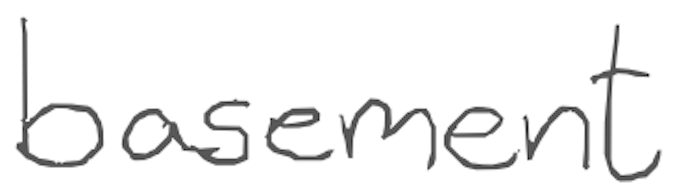
Text: basement
Cross-out: clean
Writing tool: digital_gray